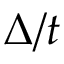
\Delta / t